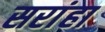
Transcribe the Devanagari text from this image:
सरांहा